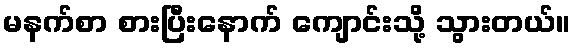
မနက်စာ စားပြီးနောက် ကျောင်းသို့ သွားတယ်။